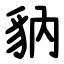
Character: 豽